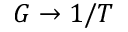
G \to 1 / T